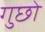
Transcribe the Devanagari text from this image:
गुछो